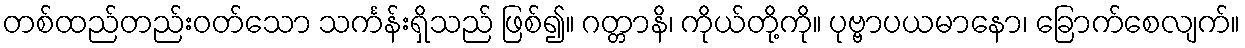
တစ်ထည်တည်းဝတ်သော သင်္ကန်းရှိသည် ဖြစ်၍။ ဂတ္တာနိ၊ ကိုယ်တို့ကို။ ပုဗ္ဗာပယမာနော၊ ခြောက်စေလျက်။